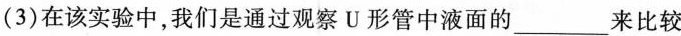
(3)在该实验中，我们是通过观察U形管中液面的___来比较